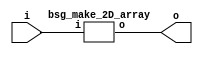


module top
(
  i,
  o
);

  input [1599:0] i;
  output [1599:0] o;

  bsg_make_2D_array
  wrapper
  (
    .i(i),
    .o(o)
  );


endmodule



module bsg_make_2D_array
(
  i,
  o
);

  input [1599:0] i;
  output [1599:0] o;
  wire [1599:0] o;
  assign o[1599] = i[1599];
  assign o[1598] = i[1598];
  assign o[1597] = i[1597];
  assign o[1596] = i[1596];
  assign o[1595] = i[1595];
  assign o[1594] = i[1594];
  assign o[1593] = i[1593];
  assign o[1592] = i[1592];
  assign o[1591] = i[1591];
  assign o[1590] = i[1590];
  assign o[1589] = i[1589];
  assign o[1588] = i[1588];
  assign o[1587] = i[1587];
  assign o[1586] = i[1586];
  assign o[1585] = i[1585];
  assign o[1584] = i[1584];
  assign o[1583] = i[1583];
  assign o[1582] = i[1582];
  assign o[1581] = i[1581];
  assign o[1580] = i[1580];
  assign o[1579] = i[1579];
  assign o[1578] = i[1578];
  assign o[1577] = i[1577];
  assign o[1576] = i[1576];
  assign o[1575] = i[1575];
  assign o[1574] = i[1574];
  assign o[1573] = i[1573];
  assign o[1572] = i[1572];
  assign o[1571] = i[1571];
  assign o[1570] = i[1570];
  assign o[1569] = i[1569];
  assign o[1568] = i[1568];
  assign o[1567] = i[1567];
  assign o[1566] = i[1566];
  assign o[1565] = i[1565];
  assign o[1564] = i[1564];
  assign o[1563] = i[1563];
  assign o[1562] = i[1562];
  assign o[1561] = i[1561];
  assign o[1560] = i[1560];
  assign o[1559] = i[1559];
  assign o[1558] = i[1558];
  assign o[1557] = i[1557];
  assign o[1556] = i[1556];
  assign o[1555] = i[1555];
  assign o[1554] = i[1554];
  assign o[1553] = i[1553];
  assign o[1552] = i[1552];
  assign o[1551] = i[1551];
  assign o[1550] = i[1550];
  assign o[1549] = i[1549];
  assign o[1548] = i[1548];
  assign o[1547] = i[1547];
  assign o[1546] = i[1546];
  assign o[1545] = i[1545];
  assign o[1544] = i[1544];
  assign o[1543] = i[1543];
  assign o[1542] = i[1542];
  assign o[1541] = i[1541];
  assign o[1540] = i[1540];
  assign o[1539] = i[1539];
  assign o[1538] = i[1538];
  assign o[1537] = i[1537];
  assign o[1536] = i[1536];
  assign o[1535] = i[1535];
  assign o[1534] = i[1534];
  assign o[1533] = i[1533];
  assign o[1532] = i[1532];
  assign o[1531] = i[1531];
  assign o[1530] = i[1530];
  assign o[1529] = i[1529];
  assign o[1528] = i[1528];
  assign o[1527] = i[1527];
  assign o[1526] = i[1526];
  assign o[1525] = i[1525];
  assign o[1524] = i[1524];
  assign o[1523] = i[1523];
  assign o[1522] = i[1522];
  assign o[1521] = i[1521];
  assign o[1520] = i[1520];
  assign o[1519] = i[1519];
  assign o[1518] = i[1518];
  assign o[1517] = i[1517];
  assign o[1516] = i[1516];
  assign o[1515] = i[1515];
  assign o[1514] = i[1514];
  assign o[1513] = i[1513];
  assign o[1512] = i[1512];
  assign o[1511] = i[1511];
  assign o[1510] = i[1510];
  assign o[1509] = i[1509];
  assign o[1508] = i[1508];
  assign o[1507] = i[1507];
  assign o[1506] = i[1506];
  assign o[1505] = i[1505];
  assign o[1504] = i[1504];
  assign o[1503] = i[1503];
  assign o[1502] = i[1502];
  assign o[1501] = i[1501];
  assign o[1500] = i[1500];
  assign o[1499] = i[1499];
  assign o[1498] = i[1498];
  assign o[1497] = i[1497];
  assign o[1496] = i[1496];
  assign o[1495] = i[1495];
  assign o[1494] = i[1494];
  assign o[1493] = i[1493];
  assign o[1492] = i[1492];
  assign o[1491] = i[1491];
  assign o[1490] = i[1490];
  assign o[1489] = i[1489];
  assign o[1488] = i[1488];
  assign o[1487] = i[1487];
  assign o[1486] = i[1486];
  assign o[1485] = i[1485];
  assign o[1484] = i[1484];
  assign o[1483] = i[1483];
  assign o[1482] = i[1482];
  assign o[1481] = i[1481];
  assign o[1480] = i[1480];
  assign o[1479] = i[1479];
  assign o[1478] = i[1478];
  assign o[1477] = i[1477];
  assign o[1476] = i[1476];
  assign o[1475] = i[1475];
  assign o[1474] = i[1474];
  assign o[1473] = i[1473];
  assign o[1472] = i[1472];
  assign o[1471] = i[1471];
  assign o[1470] = i[1470];
  assign o[1469] = i[1469];
  assign o[1468] = i[1468];
  assign o[1467] = i[1467];
  assign o[1466] = i[1466];
  assign o[1465] = i[1465];
  assign o[1464] = i[1464];
  assign o[1463] = i[1463];
  assign o[1462] = i[1462];
  assign o[1461] = i[1461];
  assign o[1460] = i[1460];
  assign o[1459] = i[1459];
  assign o[1458] = i[1458];
  assign o[1457] = i[1457];
  assign o[1456] = i[1456];
  assign o[1455] = i[1455];
  assign o[1454] = i[1454];
  assign o[1453] = i[1453];
  assign o[1452] = i[1452];
  assign o[1451] = i[1451];
  assign o[1450] = i[1450];
  assign o[1449] = i[1449];
  assign o[1448] = i[1448];
  assign o[1447] = i[1447];
  assign o[1446] = i[1446];
  assign o[1445] = i[1445];
  assign o[1444] = i[1444];
  assign o[1443] = i[1443];
  assign o[1442] = i[1442];
  assign o[1441] = i[1441];
  assign o[1440] = i[1440];
  assign o[1439] = i[1439];
  assign o[1438] = i[1438];
  assign o[1437] = i[1437];
  assign o[1436] = i[1436];
  assign o[1435] = i[1435];
  assign o[1434] = i[1434];
  assign o[1433] = i[1433];
  assign o[1432] = i[1432];
  assign o[1431] = i[1431];
  assign o[1430] = i[1430];
  assign o[1429] = i[1429];
  assign o[1428] = i[1428];
  assign o[1427] = i[1427];
  assign o[1426] = i[1426];
  assign o[1425] = i[1425];
  assign o[1424] = i[1424];
  assign o[1423] = i[1423];
  assign o[1422] = i[1422];
  assign o[1421] = i[1421];
  assign o[1420] = i[1420];
  assign o[1419] = i[1419];
  assign o[1418] = i[1418];
  assign o[1417] = i[1417];
  assign o[1416] = i[1416];
  assign o[1415] = i[1415];
  assign o[1414] = i[1414];
  assign o[1413] = i[1413];
  assign o[1412] = i[1412];
  assign o[1411] = i[1411];
  assign o[1410] = i[1410];
  assign o[1409] = i[1409];
  assign o[1408] = i[1408];
  assign o[1407] = i[1407];
  assign o[1406] = i[1406];
  assign o[1405] = i[1405];
  assign o[1404] = i[1404];
  assign o[1403] = i[1403];
  assign o[1402] = i[1402];
  assign o[1401] = i[1401];
  assign o[1400] = i[1400];
  assign o[1399] = i[1399];
  assign o[1398] = i[1398];
  assign o[1397] = i[1397];
  assign o[1396] = i[1396];
  assign o[1395] = i[1395];
  assign o[1394] = i[1394];
  assign o[1393] = i[1393];
  assign o[1392] = i[1392];
  assign o[1391] = i[1391];
  assign o[1390] = i[1390];
  assign o[1389] = i[1389];
  assign o[1388] = i[1388];
  assign o[1387] = i[1387];
  assign o[1386] = i[1386];
  assign o[1385] = i[1385];
  assign o[1384] = i[1384];
  assign o[1383] = i[1383];
  assign o[1382] = i[1382];
  assign o[1381] = i[1381];
  assign o[1380] = i[1380];
  assign o[1379] = i[1379];
  assign o[1378] = i[1378];
  assign o[1377] = i[1377];
  assign o[1376] = i[1376];
  assign o[1375] = i[1375];
  assign o[1374] = i[1374];
  assign o[1373] = i[1373];
  assign o[1372] = i[1372];
  assign o[1371] = i[1371];
  assign o[1370] = i[1370];
  assign o[1369] = i[1369];
  assign o[1368] = i[1368];
  assign o[1367] = i[1367];
  assign o[1366] = i[1366];
  assign o[1365] = i[1365];
  assign o[1364] = i[1364];
  assign o[1363] = i[1363];
  assign o[1362] = i[1362];
  assign o[1361] = i[1361];
  assign o[1360] = i[1360];
  assign o[1359] = i[1359];
  assign o[1358] = i[1358];
  assign o[1357] = i[1357];
  assign o[1356] = i[1356];
  assign o[1355] = i[1355];
  assign o[1354] = i[1354];
  assign o[1353] = i[1353];
  assign o[1352] = i[1352];
  assign o[1351] = i[1351];
  assign o[1350] = i[1350];
  assign o[1349] = i[1349];
  assign o[1348] = i[1348];
  assign o[1347] = i[1347];
  assign o[1346] = i[1346];
  assign o[1345] = i[1345];
  assign o[1344] = i[1344];
  assign o[1343] = i[1343];
  assign o[1342] = i[1342];
  assign o[1341] = i[1341];
  assign o[1340] = i[1340];
  assign o[1339] = i[1339];
  assign o[1338] = i[1338];
  assign o[1337] = i[1337];
  assign o[1336] = i[1336];
  assign o[1335] = i[1335];
  assign o[1334] = i[1334];
  assign o[1333] = i[1333];
  assign o[1332] = i[1332];
  assign o[1331] = i[1331];
  assign o[1330] = i[1330];
  assign o[1329] = i[1329];
  assign o[1328] = i[1328];
  assign o[1327] = i[1327];
  assign o[1326] = i[1326];
  assign o[1325] = i[1325];
  assign o[1324] = i[1324];
  assign o[1323] = i[1323];
  assign o[1322] = i[1322];
  assign o[1321] = i[1321];
  assign o[1320] = i[1320];
  assign o[1319] = i[1319];
  assign o[1318] = i[1318];
  assign o[1317] = i[1317];
  assign o[1316] = i[1316];
  assign o[1315] = i[1315];
  assign o[1314] = i[1314];
  assign o[1313] = i[1313];
  assign o[1312] = i[1312];
  assign o[1311] = i[1311];
  assign o[1310] = i[1310];
  assign o[1309] = i[1309];
  assign o[1308] = i[1308];
  assign o[1307] = i[1307];
  assign o[1306] = i[1306];
  assign o[1305] = i[1305];
  assign o[1304] = i[1304];
  assign o[1303] = i[1303];
  assign o[1302] = i[1302];
  assign o[1301] = i[1301];
  assign o[1300] = i[1300];
  assign o[1299] = i[1299];
  assign o[1298] = i[1298];
  assign o[1297] = i[1297];
  assign o[1296] = i[1296];
  assign o[1295] = i[1295];
  assign o[1294] = i[1294];
  assign o[1293] = i[1293];
  assign o[1292] = i[1292];
  assign o[1291] = i[1291];
  assign o[1290] = i[1290];
  assign o[1289] = i[1289];
  assign o[1288] = i[1288];
  assign o[1287] = i[1287];
  assign o[1286] = i[1286];
  assign o[1285] = i[1285];
  assign o[1284] = i[1284];
  assign o[1283] = i[1283];
  assign o[1282] = i[1282];
  assign o[1281] = i[1281];
  assign o[1280] = i[1280];
  assign o[1279] = i[1279];
  assign o[1278] = i[1278];
  assign o[1277] = i[1277];
  assign o[1276] = i[1276];
  assign o[1275] = i[1275];
  assign o[1274] = i[1274];
  assign o[1273] = i[1273];
  assign o[1272] = i[1272];
  assign o[1271] = i[1271];
  assign o[1270] = i[1270];
  assign o[1269] = i[1269];
  assign o[1268] = i[1268];
  assign o[1267] = i[1267];
  assign o[1266] = i[1266];
  assign o[1265] = i[1265];
  assign o[1264] = i[1264];
  assign o[1263] = i[1263];
  assign o[1262] = i[1262];
  assign o[1261] = i[1261];
  assign o[1260] = i[1260];
  assign o[1259] = i[1259];
  assign o[1258] = i[1258];
  assign o[1257] = i[1257];
  assign o[1256] = i[1256];
  assign o[1255] = i[1255];
  assign o[1254] = i[1254];
  assign o[1253] = i[1253];
  assign o[1252] = i[1252];
  assign o[1251] = i[1251];
  assign o[1250] = i[1250];
  assign o[1249] = i[1249];
  assign o[1248] = i[1248];
  assign o[1247] = i[1247];
  assign o[1246] = i[1246];
  assign o[1245] = i[1245];
  assign o[1244] = i[1244];
  assign o[1243] = i[1243];
  assign o[1242] = i[1242];
  assign o[1241] = i[1241];
  assign o[1240] = i[1240];
  assign o[1239] = i[1239];
  assign o[1238] = i[1238];
  assign o[1237] = i[1237];
  assign o[1236] = i[1236];
  assign o[1235] = i[1235];
  assign o[1234] = i[1234];
  assign o[1233] = i[1233];
  assign o[1232] = i[1232];
  assign o[1231] = i[1231];
  assign o[1230] = i[1230];
  assign o[1229] = i[1229];
  assign o[1228] = i[1228];
  assign o[1227] = i[1227];
  assign o[1226] = i[1226];
  assign o[1225] = i[1225];
  assign o[1224] = i[1224];
  assign o[1223] = i[1223];
  assign o[1222] = i[1222];
  assign o[1221] = i[1221];
  assign o[1220] = i[1220];
  assign o[1219] = i[1219];
  assign o[1218] = i[1218];
  assign o[1217] = i[1217];
  assign o[1216] = i[1216];
  assign o[1215] = i[1215];
  assign o[1214] = i[1214];
  assign o[1213] = i[1213];
  assign o[1212] = i[1212];
  assign o[1211] = i[1211];
  assign o[1210] = i[1210];
  assign o[1209] = i[1209];
  assign o[1208] = i[1208];
  assign o[1207] = i[1207];
  assign o[1206] = i[1206];
  assign o[1205] = i[1205];
  assign o[1204] = i[1204];
  assign o[1203] = i[1203];
  assign o[1202] = i[1202];
  assign o[1201] = i[1201];
  assign o[1200] = i[1200];
  assign o[1199] = i[1199];
  assign o[1198] = i[1198];
  assign o[1197] = i[1197];
  assign o[1196] = i[1196];
  assign o[1195] = i[1195];
  assign o[1194] = i[1194];
  assign o[1193] = i[1193];
  assign o[1192] = i[1192];
  assign o[1191] = i[1191];
  assign o[1190] = i[1190];
  assign o[1189] = i[1189];
  assign o[1188] = i[1188];
  assign o[1187] = i[1187];
  assign o[1186] = i[1186];
  assign o[1185] = i[1185];
  assign o[1184] = i[1184];
  assign o[1183] = i[1183];
  assign o[1182] = i[1182];
  assign o[1181] = i[1181];
  assign o[1180] = i[1180];
  assign o[1179] = i[1179];
  assign o[1178] = i[1178];
  assign o[1177] = i[1177];
  assign o[1176] = i[1176];
  assign o[1175] = i[1175];
  assign o[1174] = i[1174];
  assign o[1173] = i[1173];
  assign o[1172] = i[1172];
  assign o[1171] = i[1171];
  assign o[1170] = i[1170];
  assign o[1169] = i[1169];
  assign o[1168] = i[1168];
  assign o[1167] = i[1167];
  assign o[1166] = i[1166];
  assign o[1165] = i[1165];
  assign o[1164] = i[1164];
  assign o[1163] = i[1163];
  assign o[1162] = i[1162];
  assign o[1161] = i[1161];
  assign o[1160] = i[1160];
  assign o[1159] = i[1159];
  assign o[1158] = i[1158];
  assign o[1157] = i[1157];
  assign o[1156] = i[1156];
  assign o[1155] = i[1155];
  assign o[1154] = i[1154];
  assign o[1153] = i[1153];
  assign o[1152] = i[1152];
  assign o[1151] = i[1151];
  assign o[1150] = i[1150];
  assign o[1149] = i[1149];
  assign o[1148] = i[1148];
  assign o[1147] = i[1147];
  assign o[1146] = i[1146];
  assign o[1145] = i[1145];
  assign o[1144] = i[1144];
  assign o[1143] = i[1143];
  assign o[1142] = i[1142];
  assign o[1141] = i[1141];
  assign o[1140] = i[1140];
  assign o[1139] = i[1139];
  assign o[1138] = i[1138];
  assign o[1137] = i[1137];
  assign o[1136] = i[1136];
  assign o[1135] = i[1135];
  assign o[1134] = i[1134];
  assign o[1133] = i[1133];
  assign o[1132] = i[1132];
  assign o[1131] = i[1131];
  assign o[1130] = i[1130];
  assign o[1129] = i[1129];
  assign o[1128] = i[1128];
  assign o[1127] = i[1127];
  assign o[1126] = i[1126];
  assign o[1125] = i[1125];
  assign o[1124] = i[1124];
  assign o[1123] = i[1123];
  assign o[1122] = i[1122];
  assign o[1121] = i[1121];
  assign o[1120] = i[1120];
  assign o[1119] = i[1119];
  assign o[1118] = i[1118];
  assign o[1117] = i[1117];
  assign o[1116] = i[1116];
  assign o[1115] = i[1115];
  assign o[1114] = i[1114];
  assign o[1113] = i[1113];
  assign o[1112] = i[1112];
  assign o[1111] = i[1111];
  assign o[1110] = i[1110];
  assign o[1109] = i[1109];
  assign o[1108] = i[1108];
  assign o[1107] = i[1107];
  assign o[1106] = i[1106];
  assign o[1105] = i[1105];
  assign o[1104] = i[1104];
  assign o[1103] = i[1103];
  assign o[1102] = i[1102];
  assign o[1101] = i[1101];
  assign o[1100] = i[1100];
  assign o[1099] = i[1099];
  assign o[1098] = i[1098];
  assign o[1097] = i[1097];
  assign o[1096] = i[1096];
  assign o[1095] = i[1095];
  assign o[1094] = i[1094];
  assign o[1093] = i[1093];
  assign o[1092] = i[1092];
  assign o[1091] = i[1091];
  assign o[1090] = i[1090];
  assign o[1089] = i[1089];
  assign o[1088] = i[1088];
  assign o[1087] = i[1087];
  assign o[1086] = i[1086];
  assign o[1085] = i[1085];
  assign o[1084] = i[1084];
  assign o[1083] = i[1083];
  assign o[1082] = i[1082];
  assign o[1081] = i[1081];
  assign o[1080] = i[1080];
  assign o[1079] = i[1079];
  assign o[1078] = i[1078];
  assign o[1077] = i[1077];
  assign o[1076] = i[1076];
  assign o[1075] = i[1075];
  assign o[1074] = i[1074];
  assign o[1073] = i[1073];
  assign o[1072] = i[1072];
  assign o[1071] = i[1071];
  assign o[1070] = i[1070];
  assign o[1069] = i[1069];
  assign o[1068] = i[1068];
  assign o[1067] = i[1067];
  assign o[1066] = i[1066];
  assign o[1065] = i[1065];
  assign o[1064] = i[1064];
  assign o[1063] = i[1063];
  assign o[1062] = i[1062];
  assign o[1061] = i[1061];
  assign o[1060] = i[1060];
  assign o[1059] = i[1059];
  assign o[1058] = i[1058];
  assign o[1057] = i[1057];
  assign o[1056] = i[1056];
  assign o[1055] = i[1055];
  assign o[1054] = i[1054];
  assign o[1053] = i[1053];
  assign o[1052] = i[1052];
  assign o[1051] = i[1051];
  assign o[1050] = i[1050];
  assign o[1049] = i[1049];
  assign o[1048] = i[1048];
  assign o[1047] = i[1047];
  assign o[1046] = i[1046];
  assign o[1045] = i[1045];
  assign o[1044] = i[1044];
  assign o[1043] = i[1043];
  assign o[1042] = i[1042];
  assign o[1041] = i[1041];
  assign o[1040] = i[1040];
  assign o[1039] = i[1039];
  assign o[1038] = i[1038];
  assign o[1037] = i[1037];
  assign o[1036] = i[1036];
  assign o[1035] = i[1035];
  assign o[1034] = i[1034];
  assign o[1033] = i[1033];
  assign o[1032] = i[1032];
  assign o[1031] = i[1031];
  assign o[1030] = i[1030];
  assign o[1029] = i[1029];
  assign o[1028] = i[1028];
  assign o[1027] = i[1027];
  assign o[1026] = i[1026];
  assign o[1025] = i[1025];
  assign o[1024] = i[1024];
  assign o[1023] = i[1023];
  assign o[1022] = i[1022];
  assign o[1021] = i[1021];
  assign o[1020] = i[1020];
  assign o[1019] = i[1019];
  assign o[1018] = i[1018];
  assign o[1017] = i[1017];
  assign o[1016] = i[1016];
  assign o[1015] = i[1015];
  assign o[1014] = i[1014];
  assign o[1013] = i[1013];
  assign o[1012] = i[1012];
  assign o[1011] = i[1011];
  assign o[1010] = i[1010];
  assign o[1009] = i[1009];
  assign o[1008] = i[1008];
  assign o[1007] = i[1007];
  assign o[1006] = i[1006];
  assign o[1005] = i[1005];
  assign o[1004] = i[1004];
  assign o[1003] = i[1003];
  assign o[1002] = i[1002];
  assign o[1001] = i[1001];
  assign o[1000] = i[1000];
  assign o[999] = i[999];
  assign o[998] = i[998];
  assign o[997] = i[997];
  assign o[996] = i[996];
  assign o[995] = i[995];
  assign o[994] = i[994];
  assign o[993] = i[993];
  assign o[992] = i[992];
  assign o[991] = i[991];
  assign o[990] = i[990];
  assign o[989] = i[989];
  assign o[988] = i[988];
  assign o[987] = i[987];
  assign o[986] = i[986];
  assign o[985] = i[985];
  assign o[984] = i[984];
  assign o[983] = i[983];
  assign o[982] = i[982];
  assign o[981] = i[981];
  assign o[980] = i[980];
  assign o[979] = i[979];
  assign o[978] = i[978];
  assign o[977] = i[977];
  assign o[976] = i[976];
  assign o[975] = i[975];
  assign o[974] = i[974];
  assign o[973] = i[973];
  assign o[972] = i[972];
  assign o[971] = i[971];
  assign o[970] = i[970];
  assign o[969] = i[969];
  assign o[968] = i[968];
  assign o[967] = i[967];
  assign o[966] = i[966];
  assign o[965] = i[965];
  assign o[964] = i[964];
  assign o[963] = i[963];
  assign o[962] = i[962];
  assign o[961] = i[961];
  assign o[960] = i[960];
  assign o[959] = i[959];
  assign o[958] = i[958];
  assign o[957] = i[957];
  assign o[956] = i[956];
  assign o[955] = i[955];
  assign o[954] = i[954];
  assign o[953] = i[953];
  assign o[952] = i[952];
  assign o[951] = i[951];
  assign o[950] = i[950];
  assign o[949] = i[949];
  assign o[948] = i[948];
  assign o[947] = i[947];
  assign o[946] = i[946];
  assign o[945] = i[945];
  assign o[944] = i[944];
  assign o[943] = i[943];
  assign o[942] = i[942];
  assign o[941] = i[941];
  assign o[940] = i[940];
  assign o[939] = i[939];
  assign o[938] = i[938];
  assign o[937] = i[937];
  assign o[936] = i[936];
  assign o[935] = i[935];
  assign o[934] = i[934];
  assign o[933] = i[933];
  assign o[932] = i[932];
  assign o[931] = i[931];
  assign o[930] = i[930];
  assign o[929] = i[929];
  assign o[928] = i[928];
  assign o[927] = i[927];
  assign o[926] = i[926];
  assign o[925] = i[925];
  assign o[924] = i[924];
  assign o[923] = i[923];
  assign o[922] = i[922];
  assign o[921] = i[921];
  assign o[920] = i[920];
  assign o[919] = i[919];
  assign o[918] = i[918];
  assign o[917] = i[917];
  assign o[916] = i[916];
  assign o[915] = i[915];
  assign o[914] = i[914];
  assign o[913] = i[913];
  assign o[912] = i[912];
  assign o[911] = i[911];
  assign o[910] = i[910];
  assign o[909] = i[909];
  assign o[908] = i[908];
  assign o[907] = i[907];
  assign o[906] = i[906];
  assign o[905] = i[905];
  assign o[904] = i[904];
  assign o[903] = i[903];
  assign o[902] = i[902];
  assign o[901] = i[901];
  assign o[900] = i[900];
  assign o[899] = i[899];
  assign o[898] = i[898];
  assign o[897] = i[897];
  assign o[896] = i[896];
  assign o[895] = i[895];
  assign o[894] = i[894];
  assign o[893] = i[893];
  assign o[892] = i[892];
  assign o[891] = i[891];
  assign o[890] = i[890];
  assign o[889] = i[889];
  assign o[888] = i[888];
  assign o[887] = i[887];
  assign o[886] = i[886];
  assign o[885] = i[885];
  assign o[884] = i[884];
  assign o[883] = i[883];
  assign o[882] = i[882];
  assign o[881] = i[881];
  assign o[880] = i[880];
  assign o[879] = i[879];
  assign o[878] = i[878];
  assign o[877] = i[877];
  assign o[876] = i[876];
  assign o[875] = i[875];
  assign o[874] = i[874];
  assign o[873] = i[873];
  assign o[872] = i[872];
  assign o[871] = i[871];
  assign o[870] = i[870];
  assign o[869] = i[869];
  assign o[868] = i[868];
  assign o[867] = i[867];
  assign o[866] = i[866];
  assign o[865] = i[865];
  assign o[864] = i[864];
  assign o[863] = i[863];
  assign o[862] = i[862];
  assign o[861] = i[861];
  assign o[860] = i[860];
  assign o[859] = i[859];
  assign o[858] = i[858];
  assign o[857] = i[857];
  assign o[856] = i[856];
  assign o[855] = i[855];
  assign o[854] = i[854];
  assign o[853] = i[853];
  assign o[852] = i[852];
  assign o[851] = i[851];
  assign o[850] = i[850];
  assign o[849] = i[849];
  assign o[848] = i[848];
  assign o[847] = i[847];
  assign o[846] = i[846];
  assign o[845] = i[845];
  assign o[844] = i[844];
  assign o[843] = i[843];
  assign o[842] = i[842];
  assign o[841] = i[841];
  assign o[840] = i[840];
  assign o[839] = i[839];
  assign o[838] = i[838];
  assign o[837] = i[837];
  assign o[836] = i[836];
  assign o[835] = i[835];
  assign o[834] = i[834];
  assign o[833] = i[833];
  assign o[832] = i[832];
  assign o[831] = i[831];
  assign o[830] = i[830];
  assign o[829] = i[829];
  assign o[828] = i[828];
  assign o[827] = i[827];
  assign o[826] = i[826];
  assign o[825] = i[825];
  assign o[824] = i[824];
  assign o[823] = i[823];
  assign o[822] = i[822];
  assign o[821] = i[821];
  assign o[820] = i[820];
  assign o[819] = i[819];
  assign o[818] = i[818];
  assign o[817] = i[817];
  assign o[816] = i[816];
  assign o[815] = i[815];
  assign o[814] = i[814];
  assign o[813] = i[813];
  assign o[812] = i[812];
  assign o[811] = i[811];
  assign o[810] = i[810];
  assign o[809] = i[809];
  assign o[808] = i[808];
  assign o[807] = i[807];
  assign o[806] = i[806];
  assign o[805] = i[805];
  assign o[804] = i[804];
  assign o[803] = i[803];
  assign o[802] = i[802];
  assign o[801] = i[801];
  assign o[800] = i[800];
  assign o[799] = i[799];
  assign o[798] = i[798];
  assign o[797] = i[797];
  assign o[796] = i[796];
  assign o[795] = i[795];
  assign o[794] = i[794];
  assign o[793] = i[793];
  assign o[792] = i[792];
  assign o[791] = i[791];
  assign o[790] = i[790];
  assign o[789] = i[789];
  assign o[788] = i[788];
  assign o[787] = i[787];
  assign o[786] = i[786];
  assign o[785] = i[785];
  assign o[784] = i[784];
  assign o[783] = i[783];
  assign o[782] = i[782];
  assign o[781] = i[781];
  assign o[780] = i[780];
  assign o[779] = i[779];
  assign o[778] = i[778];
  assign o[777] = i[777];
  assign o[776] = i[776];
  assign o[775] = i[775];
  assign o[774] = i[774];
  assign o[773] = i[773];
  assign o[772] = i[772];
  assign o[771] = i[771];
  assign o[770] = i[770];
  assign o[769] = i[769];
  assign o[768] = i[768];
  assign o[767] = i[767];
  assign o[766] = i[766];
  assign o[765] = i[765];
  assign o[764] = i[764];
  assign o[763] = i[763];
  assign o[762] = i[762];
  assign o[761] = i[761];
  assign o[760] = i[760];
  assign o[759] = i[759];
  assign o[758] = i[758];
  assign o[757] = i[757];
  assign o[756] = i[756];
  assign o[755] = i[755];
  assign o[754] = i[754];
  assign o[753] = i[753];
  assign o[752] = i[752];
  assign o[751] = i[751];
  assign o[750] = i[750];
  assign o[749] = i[749];
  assign o[748] = i[748];
  assign o[747] = i[747];
  assign o[746] = i[746];
  assign o[745] = i[745];
  assign o[744] = i[744];
  assign o[743] = i[743];
  assign o[742] = i[742];
  assign o[741] = i[741];
  assign o[740] = i[740];
  assign o[739] = i[739];
  assign o[738] = i[738];
  assign o[737] = i[737];
  assign o[736] = i[736];
  assign o[735] = i[735];
  assign o[734] = i[734];
  assign o[733] = i[733];
  assign o[732] = i[732];
  assign o[731] = i[731];
  assign o[730] = i[730];
  assign o[729] = i[729];
  assign o[728] = i[728];
  assign o[727] = i[727];
  assign o[726] = i[726];
  assign o[725] = i[725];
  assign o[724] = i[724];
  assign o[723] = i[723];
  assign o[722] = i[722];
  assign o[721] = i[721];
  assign o[720] = i[720];
  assign o[719] = i[719];
  assign o[718] = i[718];
  assign o[717] = i[717];
  assign o[716] = i[716];
  assign o[715] = i[715];
  assign o[714] = i[714];
  assign o[713] = i[713];
  assign o[712] = i[712];
  assign o[711] = i[711];
  assign o[710] = i[710];
  assign o[709] = i[709];
  assign o[708] = i[708];
  assign o[707] = i[707];
  assign o[706] = i[706];
  assign o[705] = i[705];
  assign o[704] = i[704];
  assign o[703] = i[703];
  assign o[702] = i[702];
  assign o[701] = i[701];
  assign o[700] = i[700];
  assign o[699] = i[699];
  assign o[698] = i[698];
  assign o[697] = i[697];
  assign o[696] = i[696];
  assign o[695] = i[695];
  assign o[694] = i[694];
  assign o[693] = i[693];
  assign o[692] = i[692];
  assign o[691] = i[691];
  assign o[690] = i[690];
  assign o[689] = i[689];
  assign o[688] = i[688];
  assign o[687] = i[687];
  assign o[686] = i[686];
  assign o[685] = i[685];
  assign o[684] = i[684];
  assign o[683] = i[683];
  assign o[682] = i[682];
  assign o[681] = i[681];
  assign o[680] = i[680];
  assign o[679] = i[679];
  assign o[678] = i[678];
  assign o[677] = i[677];
  assign o[676] = i[676];
  assign o[675] = i[675];
  assign o[674] = i[674];
  assign o[673] = i[673];
  assign o[672] = i[672];
  assign o[671] = i[671];
  assign o[670] = i[670];
  assign o[669] = i[669];
  assign o[668] = i[668];
  assign o[667] = i[667];
  assign o[666] = i[666];
  assign o[665] = i[665];
  assign o[664] = i[664];
  assign o[663] = i[663];
  assign o[662] = i[662];
  assign o[661] = i[661];
  assign o[660] = i[660];
  assign o[659] = i[659];
  assign o[658] = i[658];
  assign o[657] = i[657];
  assign o[656] = i[656];
  assign o[655] = i[655];
  assign o[654] = i[654];
  assign o[653] = i[653];
  assign o[652] = i[652];
  assign o[651] = i[651];
  assign o[650] = i[650];
  assign o[649] = i[649];
  assign o[648] = i[648];
  assign o[647] = i[647];
  assign o[646] = i[646];
  assign o[645] = i[645];
  assign o[644] = i[644];
  assign o[643] = i[643];
  assign o[642] = i[642];
  assign o[641] = i[641];
  assign o[640] = i[640];
  assign o[639] = i[639];
  assign o[638] = i[638];
  assign o[637] = i[637];
  assign o[636] = i[636];
  assign o[635] = i[635];
  assign o[634] = i[634];
  assign o[633] = i[633];
  assign o[632] = i[632];
  assign o[631] = i[631];
  assign o[630] = i[630];
  assign o[629] = i[629];
  assign o[628] = i[628];
  assign o[627] = i[627];
  assign o[626] = i[626];
  assign o[625] = i[625];
  assign o[624] = i[624];
  assign o[623] = i[623];
  assign o[622] = i[622];
  assign o[621] = i[621];
  assign o[620] = i[620];
  assign o[619] = i[619];
  assign o[618] = i[618];
  assign o[617] = i[617];
  assign o[616] = i[616];
  assign o[615] = i[615];
  assign o[614] = i[614];
  assign o[613] = i[613];
  assign o[612] = i[612];
  assign o[611] = i[611];
  assign o[610] = i[610];
  assign o[609] = i[609];
  assign o[608] = i[608];
  assign o[607] = i[607];
  assign o[606] = i[606];
  assign o[605] = i[605];
  assign o[604] = i[604];
  assign o[603] = i[603];
  assign o[602] = i[602];
  assign o[601] = i[601];
  assign o[600] = i[600];
  assign o[599] = i[599];
  assign o[598] = i[598];
  assign o[597] = i[597];
  assign o[596] = i[596];
  assign o[595] = i[595];
  assign o[594] = i[594];
  assign o[593] = i[593];
  assign o[592] = i[592];
  assign o[591] = i[591];
  assign o[590] = i[590];
  assign o[589] = i[589];
  assign o[588] = i[588];
  assign o[587] = i[587];
  assign o[586] = i[586];
  assign o[585] = i[585];
  assign o[584] = i[584];
  assign o[583] = i[583];
  assign o[582] = i[582];
  assign o[581] = i[581];
  assign o[580] = i[580];
  assign o[579] = i[579];
  assign o[578] = i[578];
  assign o[577] = i[577];
  assign o[576] = i[576];
  assign o[575] = i[575];
  assign o[574] = i[574];
  assign o[573] = i[573];
  assign o[572] = i[572];
  assign o[571] = i[571];
  assign o[570] = i[570];
  assign o[569] = i[569];
  assign o[568] = i[568];
  assign o[567] = i[567];
  assign o[566] = i[566];
  assign o[565] = i[565];
  assign o[564] = i[564];
  assign o[563] = i[563];
  assign o[562] = i[562];
  assign o[561] = i[561];
  assign o[560] = i[560];
  assign o[559] = i[559];
  assign o[558] = i[558];
  assign o[557] = i[557];
  assign o[556] = i[556];
  assign o[555] = i[555];
  assign o[554] = i[554];
  assign o[553] = i[553];
  assign o[552] = i[552];
  assign o[551] = i[551];
  assign o[550] = i[550];
  assign o[549] = i[549];
  assign o[548] = i[548];
  assign o[547] = i[547];
  assign o[546] = i[546];
  assign o[545] = i[545];
  assign o[544] = i[544];
  assign o[543] = i[543];
  assign o[542] = i[542];
  assign o[541] = i[541];
  assign o[540] = i[540];
  assign o[539] = i[539];
  assign o[538] = i[538];
  assign o[537] = i[537];
  assign o[536] = i[536];
  assign o[535] = i[535];
  assign o[534] = i[534];
  assign o[533] = i[533];
  assign o[532] = i[532];
  assign o[531] = i[531];
  assign o[530] = i[530];
  assign o[529] = i[529];
  assign o[528] = i[528];
  assign o[527] = i[527];
  assign o[526] = i[526];
  assign o[525] = i[525];
  assign o[524] = i[524];
  assign o[523] = i[523];
  assign o[522] = i[522];
  assign o[521] = i[521];
  assign o[520] = i[520];
  assign o[519] = i[519];
  assign o[518] = i[518];
  assign o[517] = i[517];
  assign o[516] = i[516];
  assign o[515] = i[515];
  assign o[514] = i[514];
  assign o[513] = i[513];
  assign o[512] = i[512];
  assign o[511] = i[511];
  assign o[510] = i[510];
  assign o[509] = i[509];
  assign o[508] = i[508];
  assign o[507] = i[507];
  assign o[506] = i[506];
  assign o[505] = i[505];
  assign o[504] = i[504];
  assign o[503] = i[503];
  assign o[502] = i[502];
  assign o[501] = i[501];
  assign o[500] = i[500];
  assign o[499] = i[499];
  assign o[498] = i[498];
  assign o[497] = i[497];
  assign o[496] = i[496];
  assign o[495] = i[495];
  assign o[494] = i[494];
  assign o[493] = i[493];
  assign o[492] = i[492];
  assign o[491] = i[491];
  assign o[490] = i[490];
  assign o[489] = i[489];
  assign o[488] = i[488];
  assign o[487] = i[487];
  assign o[486] = i[486];
  assign o[485] = i[485];
  assign o[484] = i[484];
  assign o[483] = i[483];
  assign o[482] = i[482];
  assign o[481] = i[481];
  assign o[480] = i[480];
  assign o[479] = i[479];
  assign o[478] = i[478];
  assign o[477] = i[477];
  assign o[476] = i[476];
  assign o[475] = i[475];
  assign o[474] = i[474];
  assign o[473] = i[473];
  assign o[472] = i[472];
  assign o[471] = i[471];
  assign o[470] = i[470];
  assign o[469] = i[469];
  assign o[468] = i[468];
  assign o[467] = i[467];
  assign o[466] = i[466];
  assign o[465] = i[465];
  assign o[464] = i[464];
  assign o[463] = i[463];
  assign o[462] = i[462];
  assign o[461] = i[461];
  assign o[460] = i[460];
  assign o[459] = i[459];
  assign o[458] = i[458];
  assign o[457] = i[457];
  assign o[456] = i[456];
  assign o[455] = i[455];
  assign o[454] = i[454];
  assign o[453] = i[453];
  assign o[452] = i[452];
  assign o[451] = i[451];
  assign o[450] = i[450];
  assign o[449] = i[449];
  assign o[448] = i[448];
  assign o[447] = i[447];
  assign o[446] = i[446];
  assign o[445] = i[445];
  assign o[444] = i[444];
  assign o[443] = i[443];
  assign o[442] = i[442];
  assign o[441] = i[441];
  assign o[440] = i[440];
  assign o[439] = i[439];
  assign o[438] = i[438];
  assign o[437] = i[437];
  assign o[436] = i[436];
  assign o[435] = i[435];
  assign o[434] = i[434];
  assign o[433] = i[433];
  assign o[432] = i[432];
  assign o[431] = i[431];
  assign o[430] = i[430];
  assign o[429] = i[429];
  assign o[428] = i[428];
  assign o[427] = i[427];
  assign o[426] = i[426];
  assign o[425] = i[425];
  assign o[424] = i[424];
  assign o[423] = i[423];
  assign o[422] = i[422];
  assign o[421] = i[421];
  assign o[420] = i[420];
  assign o[419] = i[419];
  assign o[418] = i[418];
  assign o[417] = i[417];
  assign o[416] = i[416];
  assign o[415] = i[415];
  assign o[414] = i[414];
  assign o[413] = i[413];
  assign o[412] = i[412];
  assign o[411] = i[411];
  assign o[410] = i[410];
  assign o[409] = i[409];
  assign o[408] = i[408];
  assign o[407] = i[407];
  assign o[406] = i[406];
  assign o[405] = i[405];
  assign o[404] = i[404];
  assign o[403] = i[403];
  assign o[402] = i[402];
  assign o[401] = i[401];
  assign o[400] = i[400];
  assign o[399] = i[399];
  assign o[398] = i[398];
  assign o[397] = i[397];
  assign o[396] = i[396];
  assign o[395] = i[395];
  assign o[394] = i[394];
  assign o[393] = i[393];
  assign o[392] = i[392];
  assign o[391] = i[391];
  assign o[390] = i[390];
  assign o[389] = i[389];
  assign o[388] = i[388];
  assign o[387] = i[387];
  assign o[386] = i[386];
  assign o[385] = i[385];
  assign o[384] = i[384];
  assign o[383] = i[383];
  assign o[382] = i[382];
  assign o[381] = i[381];
  assign o[380] = i[380];
  assign o[379] = i[379];
  assign o[378] = i[378];
  assign o[377] = i[377];
  assign o[376] = i[376];
  assign o[375] = i[375];
  assign o[374] = i[374];
  assign o[373] = i[373];
  assign o[372] = i[372];
  assign o[371] = i[371];
  assign o[370] = i[370];
  assign o[369] = i[369];
  assign o[368] = i[368];
  assign o[367] = i[367];
  assign o[366] = i[366];
  assign o[365] = i[365];
  assign o[364] = i[364];
  assign o[363] = i[363];
  assign o[362] = i[362];
  assign o[361] = i[361];
  assign o[360] = i[360];
  assign o[359] = i[359];
  assign o[358] = i[358];
  assign o[357] = i[357];
  assign o[356] = i[356];
  assign o[355] = i[355];
  assign o[354] = i[354];
  assign o[353] = i[353];
  assign o[352] = i[352];
  assign o[351] = i[351];
  assign o[350] = i[350];
  assign o[349] = i[349];
  assign o[348] = i[348];
  assign o[347] = i[347];
  assign o[346] = i[346];
  assign o[345] = i[345];
  assign o[344] = i[344];
  assign o[343] = i[343];
  assign o[342] = i[342];
  assign o[341] = i[341];
  assign o[340] = i[340];
  assign o[339] = i[339];
  assign o[338] = i[338];
  assign o[337] = i[337];
  assign o[336] = i[336];
  assign o[335] = i[335];
  assign o[334] = i[334];
  assign o[333] = i[333];
  assign o[332] = i[332];
  assign o[331] = i[331];
  assign o[330] = i[330];
  assign o[329] = i[329];
  assign o[328] = i[328];
  assign o[327] = i[327];
  assign o[326] = i[326];
  assign o[325] = i[325];
  assign o[324] = i[324];
  assign o[323] = i[323];
  assign o[322] = i[322];
  assign o[321] = i[321];
  assign o[320] = i[320];
  assign o[319] = i[319];
  assign o[318] = i[318];
  assign o[317] = i[317];
  assign o[316] = i[316];
  assign o[315] = i[315];
  assign o[314] = i[314];
  assign o[313] = i[313];
  assign o[312] = i[312];
  assign o[311] = i[311];
  assign o[310] = i[310];
  assign o[309] = i[309];
  assign o[308] = i[308];
  assign o[307] = i[307];
  assign o[306] = i[306];
  assign o[305] = i[305];
  assign o[304] = i[304];
  assign o[303] = i[303];
  assign o[302] = i[302];
  assign o[301] = i[301];
  assign o[300] = i[300];
  assign o[299] = i[299];
  assign o[298] = i[298];
  assign o[297] = i[297];
  assign o[296] = i[296];
  assign o[295] = i[295];
  assign o[294] = i[294];
  assign o[293] = i[293];
  assign o[292] = i[292];
  assign o[291] = i[291];
  assign o[290] = i[290];
  assign o[289] = i[289];
  assign o[288] = i[288];
  assign o[287] = i[287];
  assign o[286] = i[286];
  assign o[285] = i[285];
  assign o[284] = i[284];
  assign o[283] = i[283];
  assign o[282] = i[282];
  assign o[281] = i[281];
  assign o[280] = i[280];
  assign o[279] = i[279];
  assign o[278] = i[278];
  assign o[277] = i[277];
  assign o[276] = i[276];
  assign o[275] = i[275];
  assign o[274] = i[274];
  assign o[273] = i[273];
  assign o[272] = i[272];
  assign o[271] = i[271];
  assign o[270] = i[270];
  assign o[269] = i[269];
  assign o[268] = i[268];
  assign o[267] = i[267];
  assign o[266] = i[266];
  assign o[265] = i[265];
  assign o[264] = i[264];
  assign o[263] = i[263];
  assign o[262] = i[262];
  assign o[261] = i[261];
  assign o[260] = i[260];
  assign o[259] = i[259];
  assign o[258] = i[258];
  assign o[257] = i[257];
  assign o[256] = i[256];
  assign o[255] = i[255];
  assign o[254] = i[254];
  assign o[253] = i[253];
  assign o[252] = i[252];
  assign o[251] = i[251];
  assign o[250] = i[250];
  assign o[249] = i[249];
  assign o[248] = i[248];
  assign o[247] = i[247];
  assign o[246] = i[246];
  assign o[245] = i[245];
  assign o[244] = i[244];
  assign o[243] = i[243];
  assign o[242] = i[242];
  assign o[241] = i[241];
  assign o[240] = i[240];
  assign o[239] = i[239];
  assign o[238] = i[238];
  assign o[237] = i[237];
  assign o[236] = i[236];
  assign o[235] = i[235];
  assign o[234] = i[234];
  assign o[233] = i[233];
  assign o[232] = i[232];
  assign o[231] = i[231];
  assign o[230] = i[230];
  assign o[229] = i[229];
  assign o[228] = i[228];
  assign o[227] = i[227];
  assign o[226] = i[226];
  assign o[225] = i[225];
  assign o[224] = i[224];
  assign o[223] = i[223];
  assign o[222] = i[222];
  assign o[221] = i[221];
  assign o[220] = i[220];
  assign o[219] = i[219];
  assign o[218] = i[218];
  assign o[217] = i[217];
  assign o[216] = i[216];
  assign o[215] = i[215];
  assign o[214] = i[214];
  assign o[213] = i[213];
  assign o[212] = i[212];
  assign o[211] = i[211];
  assign o[210] = i[210];
  assign o[209] = i[209];
  assign o[208] = i[208];
  assign o[207] = i[207];
  assign o[206] = i[206];
  assign o[205] = i[205];
  assign o[204] = i[204];
  assign o[203] = i[203];
  assign o[202] = i[202];
  assign o[201] = i[201];
  assign o[200] = i[200];
  assign o[199] = i[199];
  assign o[198] = i[198];
  assign o[197] = i[197];
  assign o[196] = i[196];
  assign o[195] = i[195];
  assign o[194] = i[194];
  assign o[193] = i[193];
  assign o[192] = i[192];
  assign o[191] = i[191];
  assign o[190] = i[190];
  assign o[189] = i[189];
  assign o[188] = i[188];
  assign o[187] = i[187];
  assign o[186] = i[186];
  assign o[185] = i[185];
  assign o[184] = i[184];
  assign o[183] = i[183];
  assign o[182] = i[182];
  assign o[181] = i[181];
  assign o[180] = i[180];
  assign o[179] = i[179];
  assign o[178] = i[178];
  assign o[177] = i[177];
  assign o[176] = i[176];
  assign o[175] = i[175];
  assign o[174] = i[174];
  assign o[173] = i[173];
  assign o[172] = i[172];
  assign o[171] = i[171];
  assign o[170] = i[170];
  assign o[169] = i[169];
  assign o[168] = i[168];
  assign o[167] = i[167];
  assign o[166] = i[166];
  assign o[165] = i[165];
  assign o[164] = i[164];
  assign o[163] = i[163];
  assign o[162] = i[162];
  assign o[161] = i[161];
  assign o[160] = i[160];
  assign o[159] = i[159];
  assign o[158] = i[158];
  assign o[157] = i[157];
  assign o[156] = i[156];
  assign o[155] = i[155];
  assign o[154] = i[154];
  assign o[153] = i[153];
  assign o[152] = i[152];
  assign o[151] = i[151];
  assign o[150] = i[150];
  assign o[149] = i[149];
  assign o[148] = i[148];
  assign o[147] = i[147];
  assign o[146] = i[146];
  assign o[145] = i[145];
  assign o[144] = i[144];
  assign o[143] = i[143];
  assign o[142] = i[142];
  assign o[141] = i[141];
  assign o[140] = i[140];
  assign o[139] = i[139];
  assign o[138] = i[138];
  assign o[137] = i[137];
  assign o[136] = i[136];
  assign o[135] = i[135];
  assign o[134] = i[134];
  assign o[133] = i[133];
  assign o[132] = i[132];
  assign o[131] = i[131];
  assign o[130] = i[130];
  assign o[129] = i[129];
  assign o[128] = i[128];
  assign o[127] = i[127];
  assign o[126] = i[126];
  assign o[125] = i[125];
  assign o[124] = i[124];
  assign o[123] = i[123];
  assign o[122] = i[122];
  assign o[121] = i[121];
  assign o[120] = i[120];
  assign o[119] = i[119];
  assign o[118] = i[118];
  assign o[117] = i[117];
  assign o[116] = i[116];
  assign o[115] = i[115];
  assign o[114] = i[114];
  assign o[113] = i[113];
  assign o[112] = i[112];
  assign o[111] = i[111];
  assign o[110] = i[110];
  assign o[109] = i[109];
  assign o[108] = i[108];
  assign o[107] = i[107];
  assign o[106] = i[106];
  assign o[105] = i[105];
  assign o[104] = i[104];
  assign o[103] = i[103];
  assign o[102] = i[102];
  assign o[101] = i[101];
  assign o[100] = i[100];
  assign o[99] = i[99];
  assign o[98] = i[98];
  assign o[97] = i[97];
  assign o[96] = i[96];
  assign o[95] = i[95];
  assign o[94] = i[94];
  assign o[93] = i[93];
  assign o[92] = i[92];
  assign o[91] = i[91];
  assign o[90] = i[90];
  assign o[89] = i[89];
  assign o[88] = i[88];
  assign o[87] = i[87];
  assign o[86] = i[86];
  assign o[85] = i[85];
  assign o[84] = i[84];
  assign o[83] = i[83];
  assign o[82] = i[82];
  assign o[81] = i[81];
  assign o[80] = i[80];
  assign o[79] = i[79];
  assign o[78] = i[78];
  assign o[77] = i[77];
  assign o[76] = i[76];
  assign o[75] = i[75];
  assign o[74] = i[74];
  assign o[73] = i[73];
  assign o[72] = i[72];
  assign o[71] = i[71];
  assign o[70] = i[70];
  assign o[69] = i[69];
  assign o[68] = i[68];
  assign o[67] = i[67];
  assign o[66] = i[66];
  assign o[65] = i[65];
  assign o[64] = i[64];
  assign o[63] = i[63];
  assign o[62] = i[62];
  assign o[61] = i[61];
  assign o[60] = i[60];
  assign o[59] = i[59];
  assign o[58] = i[58];
  assign o[57] = i[57];
  assign o[56] = i[56];
  assign o[55] = i[55];
  assign o[54] = i[54];
  assign o[53] = i[53];
  assign o[52] = i[52];
  assign o[51] = i[51];
  assign o[50] = i[50];
  assign o[49] = i[49];
  assign o[48] = i[48];
  assign o[47] = i[47];
  assign o[46] = i[46];
  assign o[45] = i[45];
  assign o[44] = i[44];
  assign o[43] = i[43];
  assign o[42] = i[42];
  assign o[41] = i[41];
  assign o[40] = i[40];
  assign o[39] = i[39];
  assign o[38] = i[38];
  assign o[37] = i[37];
  assign o[36] = i[36];
  assign o[35] = i[35];
  assign o[34] = i[34];
  assign o[33] = i[33];
  assign o[32] = i[32];
  assign o[31] = i[31];
  assign o[30] = i[30];
  assign o[29] = i[29];
  assign o[28] = i[28];
  assign o[27] = i[27];
  assign o[26] = i[26];
  assign o[25] = i[25];
  assign o[24] = i[24];
  assign o[23] = i[23];
  assign o[22] = i[22];
  assign o[21] = i[21];
  assign o[20] = i[20];
  assign o[19] = i[19];
  assign o[18] = i[18];
  assign o[17] = i[17];
  assign o[16] = i[16];
  assign o[15] = i[15];
  assign o[14] = i[14];
  assign o[13] = i[13];
  assign o[12] = i[12];
  assign o[11] = i[11];
  assign o[10] = i[10];
  assign o[9] = i[9];
  assign o[8] = i[8];
  assign o[7] = i[7];
  assign o[6] = i[6];
  assign o[5] = i[5];
  assign o[4] = i[4];
  assign o[3] = i[3];
  assign o[2] = i[2];
  assign o[1] = i[1];
  assign o[0] = i[0];

endmodule